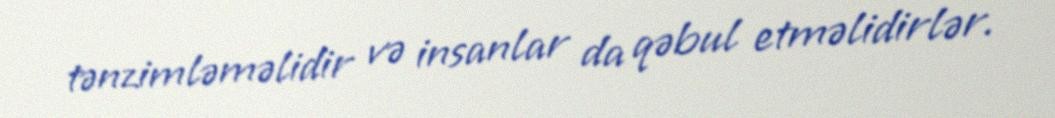
tənzimləməlidir və insanlar da qəbul etməlidirlər.